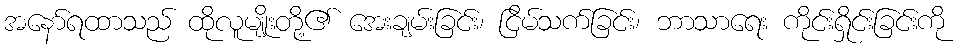
အနော်ရထာသည် ထိုလူမျိုးတို့၏ အေးချမ်းခြင်း၊ ငြိမ်သက်ခြင်း၊ ဘာသာရေး ကိုင်းရှိုင်းခြင်းကို